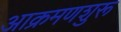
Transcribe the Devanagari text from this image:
आक्रमणशुरू